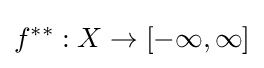
f^{**}:X\to [-\infty ,\infty ]